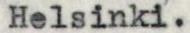
Helsinki.